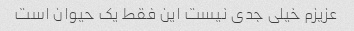
عزیزم خیلی جدی نیست این فقط یک حیوان است